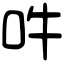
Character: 吽